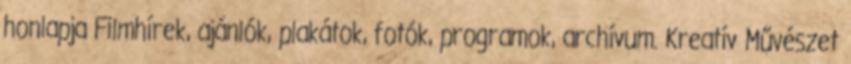
honlapja Filmhírek, ajánlók, plakátok, fotók, programok, archívum. Kreatív Művészet